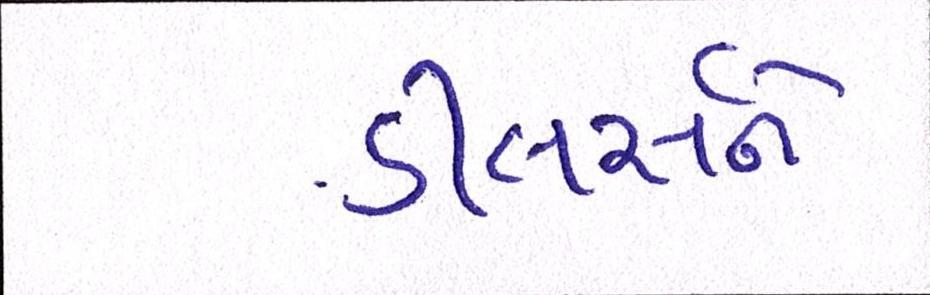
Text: ડીલર્સને